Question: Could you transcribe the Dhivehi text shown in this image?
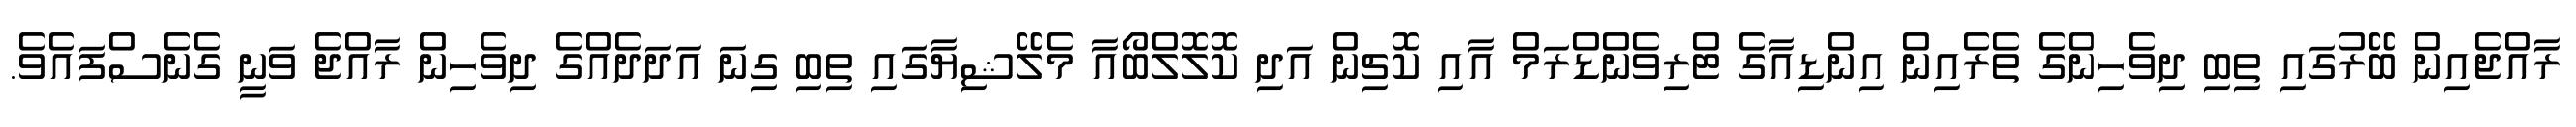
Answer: ރާއްޖެއިން ބޭރުގައި ތިބި ދިވެހިންގެ ތެރެއިން އިންޑިއާގެ ޓްރިވެންޑްރަމް އާއި ކޮޗިން އަދި ކޮލޮލްބޯއާ މެލޭޝިޔާގައި ތިބި ގިނަ އަދަދެއްގެ ދިވެހިން ރާއްޖެ ވަނީ ގެނެސްފައެވެ.